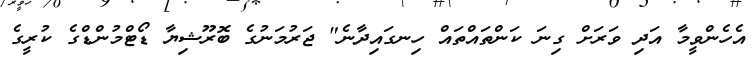
އެހެންވީމާ އަދި ވަރަށް ގިނަ ކަންތައްތައް ހިނގައިދާނެ" ޖަރުމަނުގެ ބޮރޫޝިޔާ ޑޯޓްމުންޑްގެ ކުރީގެ